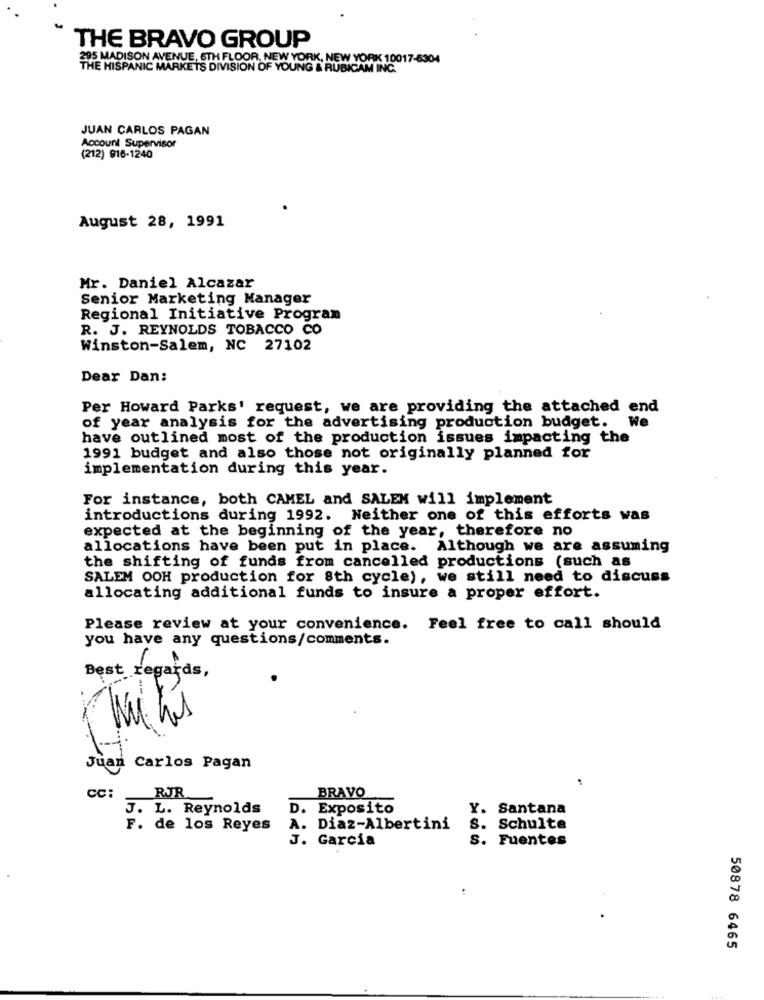
THE BRAVO GROUP
295 MADISON AVENUE, 6TH FLOOR, NEW YORK, NEW YORK 10017-6304
THE HISPANIC MARKETS DIVISION OF YOUNG & RUBICAM INC.
JUAN CARLOS PAGAN
Account Supervisor
(212) 916-1240
August 28, 1991
Mr. Daniel Alcazar
Senior Marketing Manager
Regional Initiative Program
R. J. REYNOLDS TOBACCO CO
Winston-Salem, NC 27102
Dear Dan:
Per Howard Parks' request, we are providing the attached end
of year analysis for the advertising production budget. We
have outlined most of the production issues impacting the
1991 budget and also those not originally planned for
implementation during this year.
For instance, both CAMEL and SALEM will implement
introductions during 1992. Neither one of this efforts was
expected at the beginning of the year, therefore no
allocations have been put in place. Although we are assuming
the shifting of funds from cancelled productions (such as
SALEM OOH production for 8th cycle), we still need to discuss
allocating additional funds to insure a proper effort.
Please review at your convenience. Feel free to call should
you have any questions/comments.
Best regards,
Mitis
Juan Carlos Pagan
CC:
RJR
BRAVO
J. L. Reynolds
D. Exposito
Y. Santana
F. de los Reyes
A. Diaz-Albertini
S. Schulte
J. Garcia
S. Fuentes
50878 6465